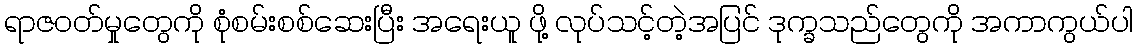
ရာဇဝတ်မှုတွေကို စုံစမ်းစစ်ဆေးပြီး အရေးယူ ဖို့ လုပ်သင့်တဲ့အပြင် ဒုက္ခသည်တွေကို အကာကွယ်ပါ